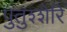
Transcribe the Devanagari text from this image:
पुतुश्शेरि